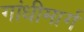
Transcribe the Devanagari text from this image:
गांधीमार्ग